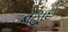
નહાઈ